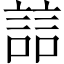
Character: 誩